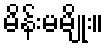
မိန်းမမျိုး။